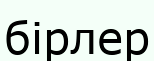
бірлер